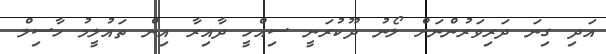
އަދި ގިނަ ދަރިވަރުންނަށް ލޯނު ދޫކުރަނީ ސިއްހީ ދާއިރާ އިން ތައުލީމު ހާސިލް